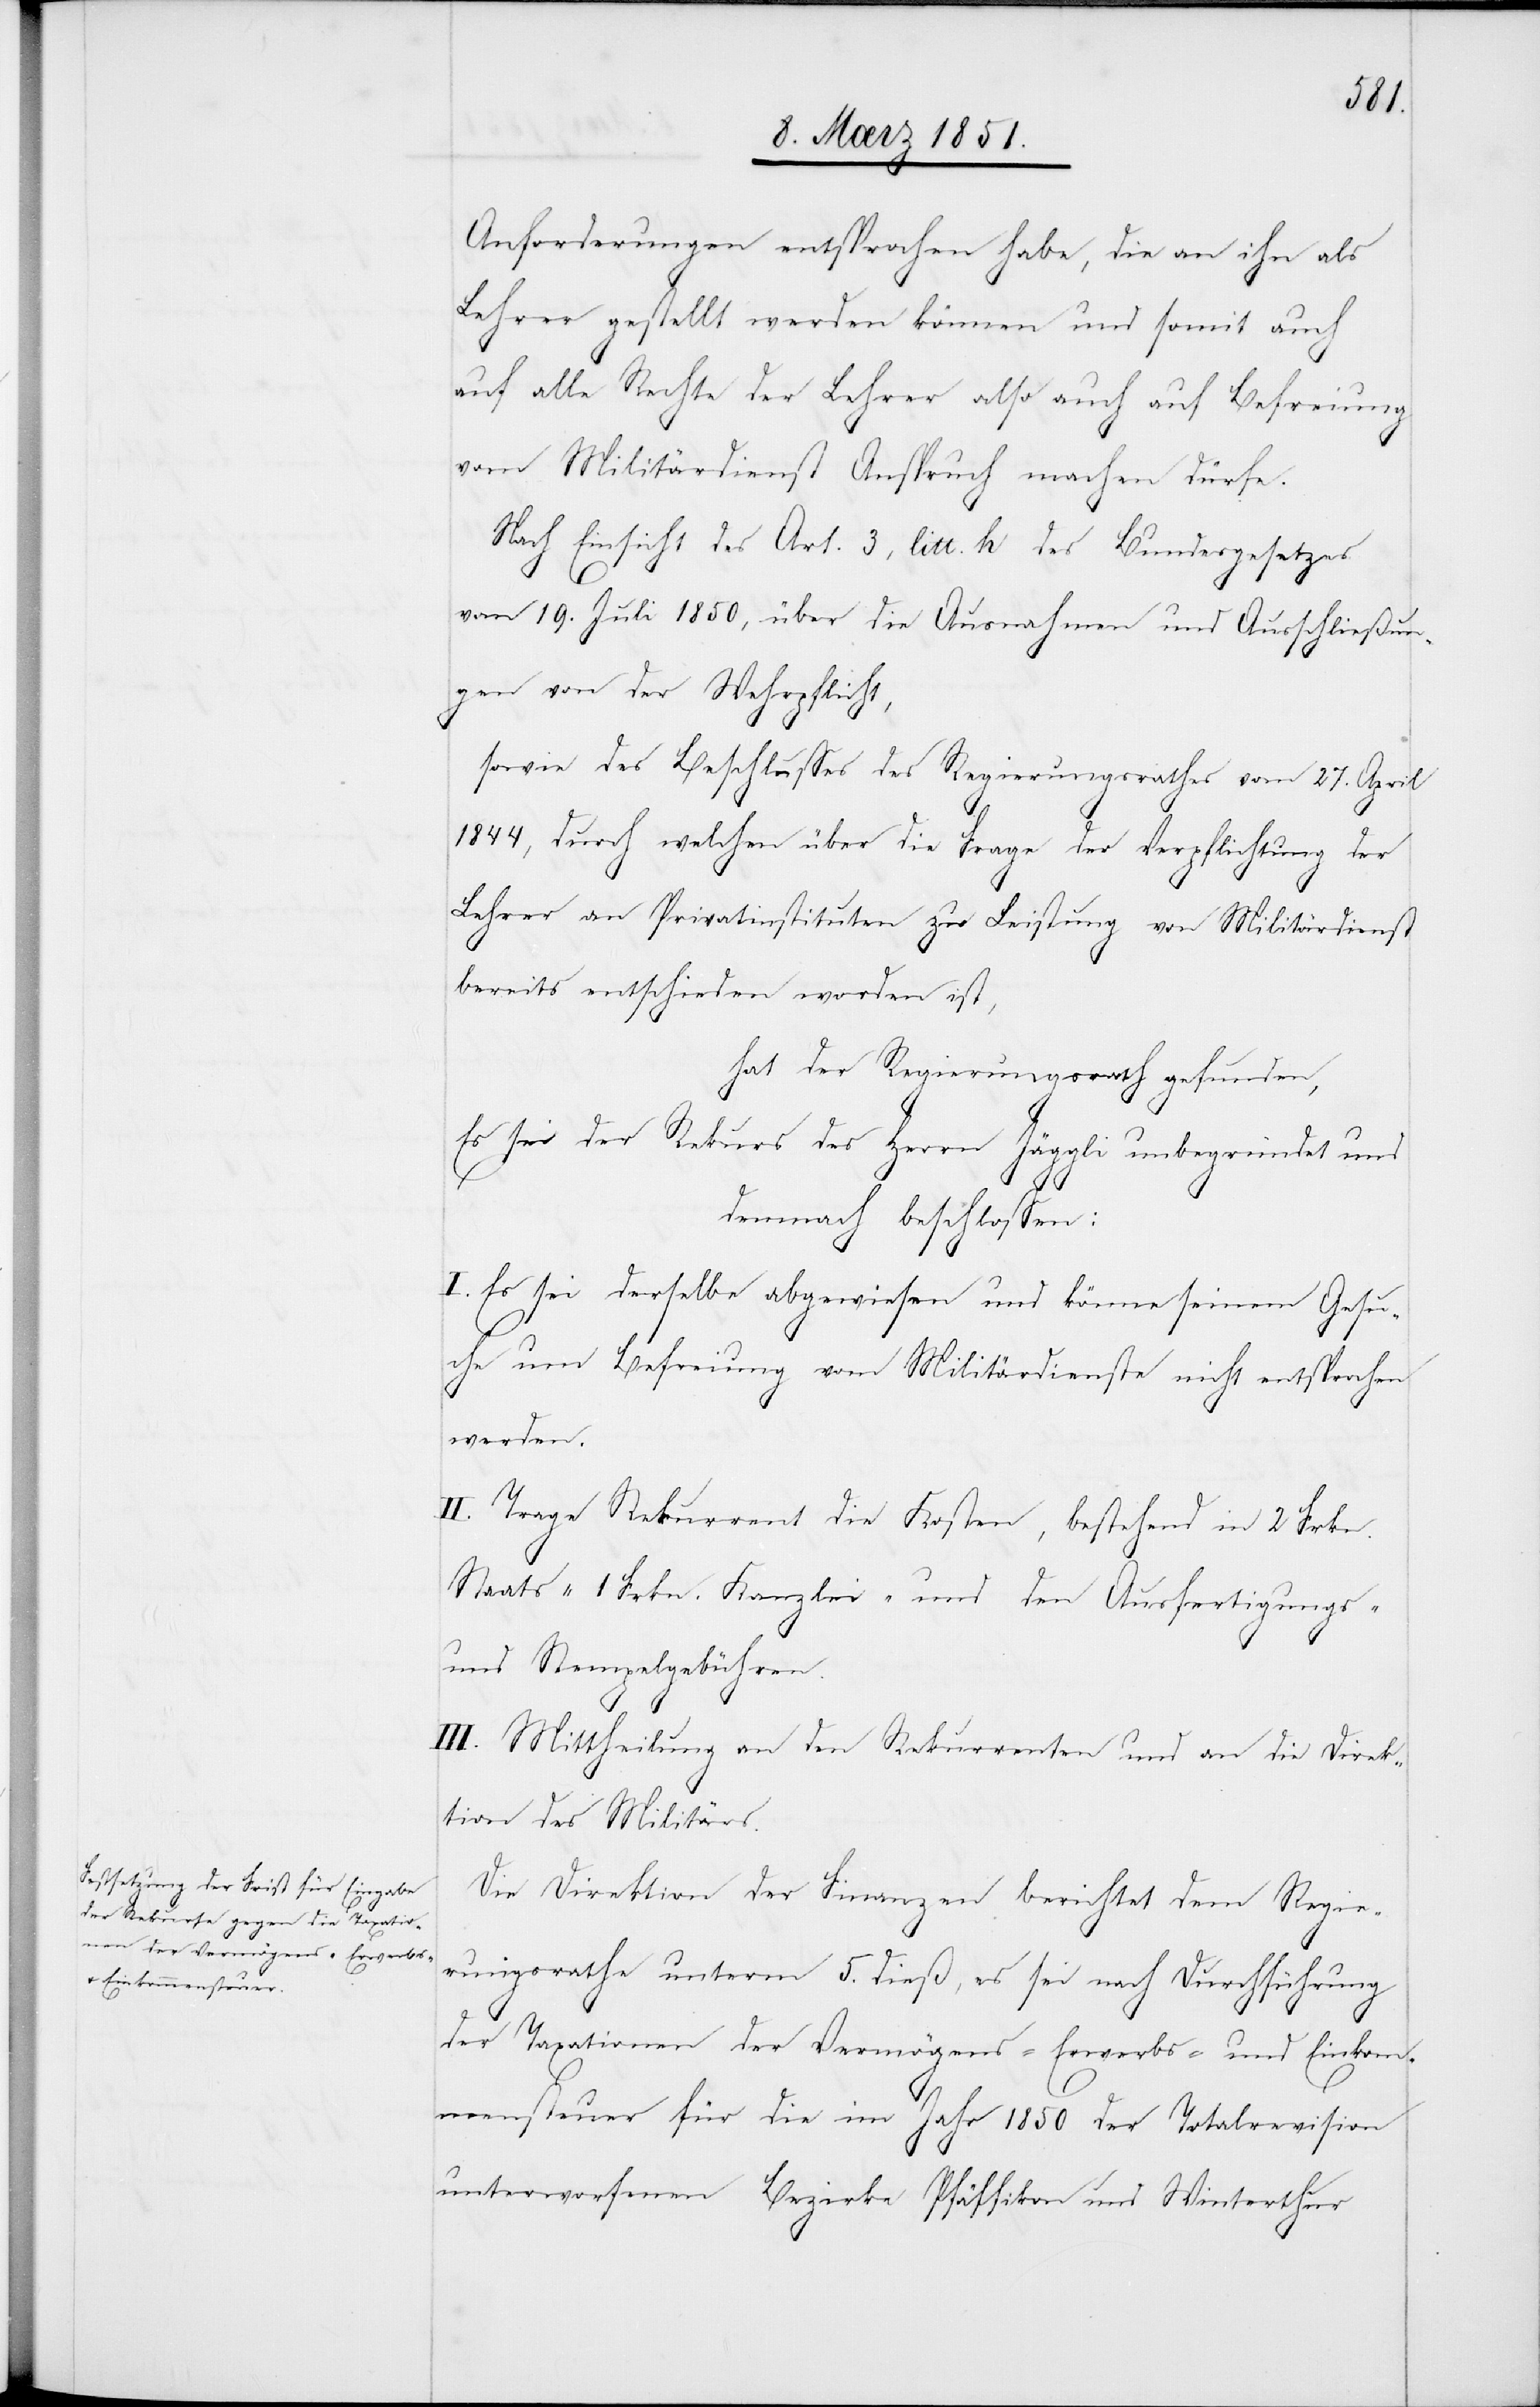
Anforderungen entsprochen habe, die an ihn als
Lehrer gestellt werden können und somit auch
auf alle Rechte der Lehrer also auch auf Befreiung
vom Militärdienst Anspruch machen dürfe.
Nach Einsicht des Art. 3, litt. h. des Bundesgesetzes
vom 19. Juli 1850, über die Ausnahmen und Ausschließun¬
gen von der Wehrpflicht,
sowie des Beschlusses des Regierungsrathes vom 27. April
1844, durch welchen über die Frage der Verpflichtung der
Lehrer an Privatinstituten zu Leistung von Militärdienst
bereits entschieden worden ist,
hat der Regierungsrath gefunden,
Es sei der Rekurs des Herrn Jäggli unbegründet und
demnach beschlossen:
I. Es sei derselbe abgewiesen und könne seinem Gesu¬
che um Befreiung vom Militärdienste nicht entsprochen
werden.
II. Trage Rekurent die Kosten, bestehend in 2 Frkn.
Staats-[,] 1 Frkn. Kanzlei- und den Ausfertigungs-
und Stempelgebühren.
III. Mittheilung an den Rekurrenten und an die Direk¬
tion des Militärs.
Die Direktion der Finanzen berichtet dem Regie¬
rungsrathe unterm 5. dieß, es sei nach Durchführung
der Taxationen der Vermögens-[,] Erwerbs- und Einkom¬
mensteuer für die im Jahr 1850 der Totalrevision
unterworfenen Bezirke Pfäffikon und Winterthur